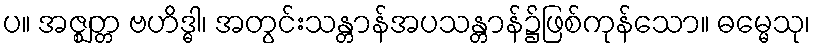
ပ။ အဇ္ဈတ္တ ဗဟိဒ္ဓါ၊ အတွင်းသန္တာန်အပသန္တာန်၌ဖြစ်ကုန်သော။ ဓမ္မေသု၊